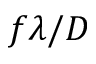
f \lambda / D